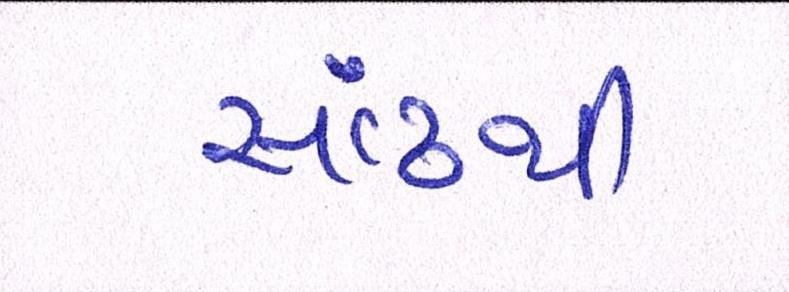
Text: સાંઢથી